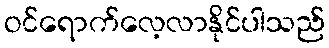
ဝင်ရောက်လေ့လာနိုင်ပါသည်